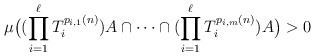
\begin{align*}\mu\big((\prod_{i=1}^\ell T_i^{p_{i,1}(n)})A\cap \cdots \cap (\prod_{i=1}^\ell T_i^{p_{i,m}(n)})A\big)>0\end{align*}